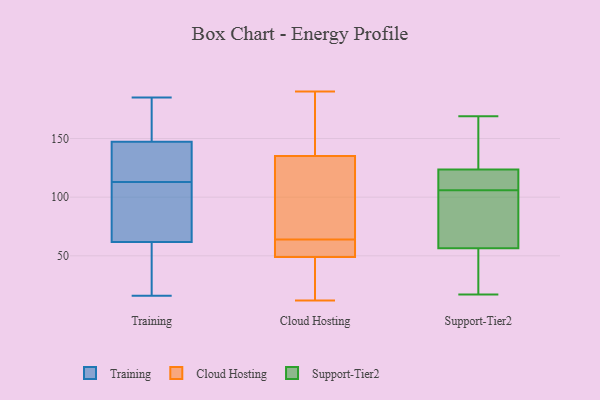
{"axis": {"x": "Population (Million)", "y": "Value"}, "legend": ["Cloud Hosting", "Support-Tier2", "Training"], "data": [{"x": "", "y": 70, "type": "Training"}, {"x": "", "y": 59, "type": "Training"}, {"x": "", "y": 151, "type": "Training"}, {"x": "", "y": 78, "type": "Training"}, {"x": "", "y": 125, "type": "Training"}, {"x": "", "y": 168, "type": "Training"}, {"x": "", "y": 136, "type": "Training"}, {"x": "", "y": 113, "type": "Training"}, {"x": "", "y": 36, "type": "Training"}, {"x": "", "y": 16, "type": "Training"}, {"x": "", "y": 185, "type": "Training"}, {"x": "", "y": 135, "type": "Cloud Hosting"}, {"x": "", "y": 54, "type": "Cloud Hosting"}, {"x": "", "y": 12, "type": "Cloud Hosting"}, {"x": "", "y": 190, "type": "Cloud Hosting"}, {"x": "", "y": 26, "type": "Cloud Hosting"}, {"x": "", "y": 172, "type": "Cloud Hosting"}, {"x": "", "y": 67, "type": "Cloud Hosting"}, {"x": "", "y": 99, "type": "Cloud Hosting"}, {"x": "", "y": 58, "type": "Cloud Hosting"}, {"x": "", "y": 25, "type": "Cloud Hosting"}, {"x": "", "y": 25, "type": "Cloud Hosting"}, {"x": "", "y": 61, "type": "Cloud Hosting"}, {"x": "", "y": 76, "type": "Cloud Hosting"}, {"x": "", "y": 121, "type": "Cloud Hosting"}, {"x": "", "y": 153, "type": "Cloud Hosting"}, {"x": "", "y": 49, "type": "Cloud Hosting"}, {"x": "", "y": 55, "type": "Cloud Hosting"}, {"x": "", "y": 167, "type": "Cloud Hosting"}, {"x": "", "y": 115, "type": "Support-Tier2"}, {"x": "", "y": 21, "type": "Support-Tier2"}, {"x": "", "y": 169, "type": "Support-Tier2"}, {"x": "", "y": 77, "type": "Support-Tier2"}, {"x": "", "y": 118, "type": "Support-Tier2"}, {"x": "", "y": 107, "type": "Support-Tier2"}, {"x": "", "y": 73, "type": "Support-Tier2"}, {"x": "", "y": 40, "type": "Support-Tier2"}, {"x": "", "y": 169, "type": "Support-Tier2"}, {"x": "", "y": 17, "type": "Support-Tier2"}, {"x": "", "y": 129, "type": "Support-Tier2"}, {"x": "", "y": 110, "type": "Support-Tier2"}, {"x": "", "y": 135, "type": "Support-Tier2"}, {"x": "", "y": 33, "type": "Support-Tier2"}, {"x": "", "y": 105, "type": "Support-Tier2"}, {"x": "", "y": 99, "type": "Support-Tier2"}]}